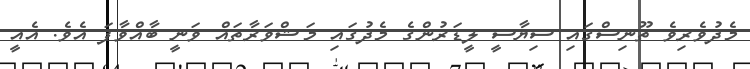
މެދުވެރިވެ ތޫނިސްގައި ސިޔާސީ ލީޑަރުންގެ މެދުގައި މަޝްވަރާތައް ވަނީ ބާއްވާފަ އެވެ. އެއީ